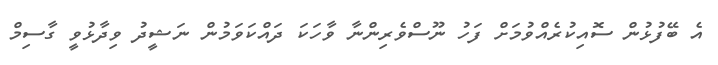
އެ ބޭފުޅުން ސޮއިކުރެއްވުމަށް ފަހު ނޫސްވެރިންނާ ވާހަކަ ދައްކަވަމުން ނަޝީދު ވިދާޅުވީ ގާސިމް